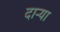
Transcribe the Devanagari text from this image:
दार्‍या